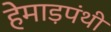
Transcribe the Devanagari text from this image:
हेमाड़पंथी